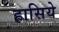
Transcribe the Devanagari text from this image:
हासिये